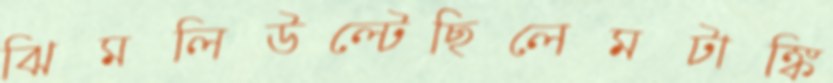
ঝিমলিউল্‌টেছিলেমটাঙ্কি